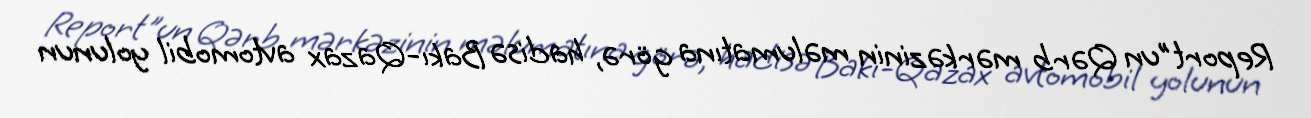
Report"un Qərb mərkəzinin məlumatına görə, hadisə Bakı-Qazax avtomobil yolunun